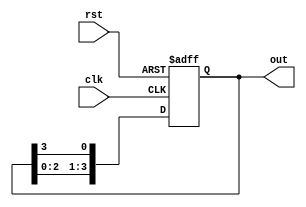
module ring_counter #(
    parameter N = 4  // Number of flip-flops (states)
)(
    input wire clk,       // Clock input
    input wire rst,       // Reset input (active high)
    output reg [N-1:0] out // Output representing the current state
);

    // Internal signal for the next state
    reg [N-1:0] next_state;

    always @(posedge clk or posedge rst) begin
        if (rst) begin
            // Reset state: only the first flip-flop is set to '1'
            out <= 1'b1 << (N-1); // Initialize to 100...0
        end else begin
            // Shift the '1' to the right
            out <= {out[N-2:0], out[N-1]};
        end
    end

endmodule